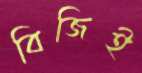
বিজিই